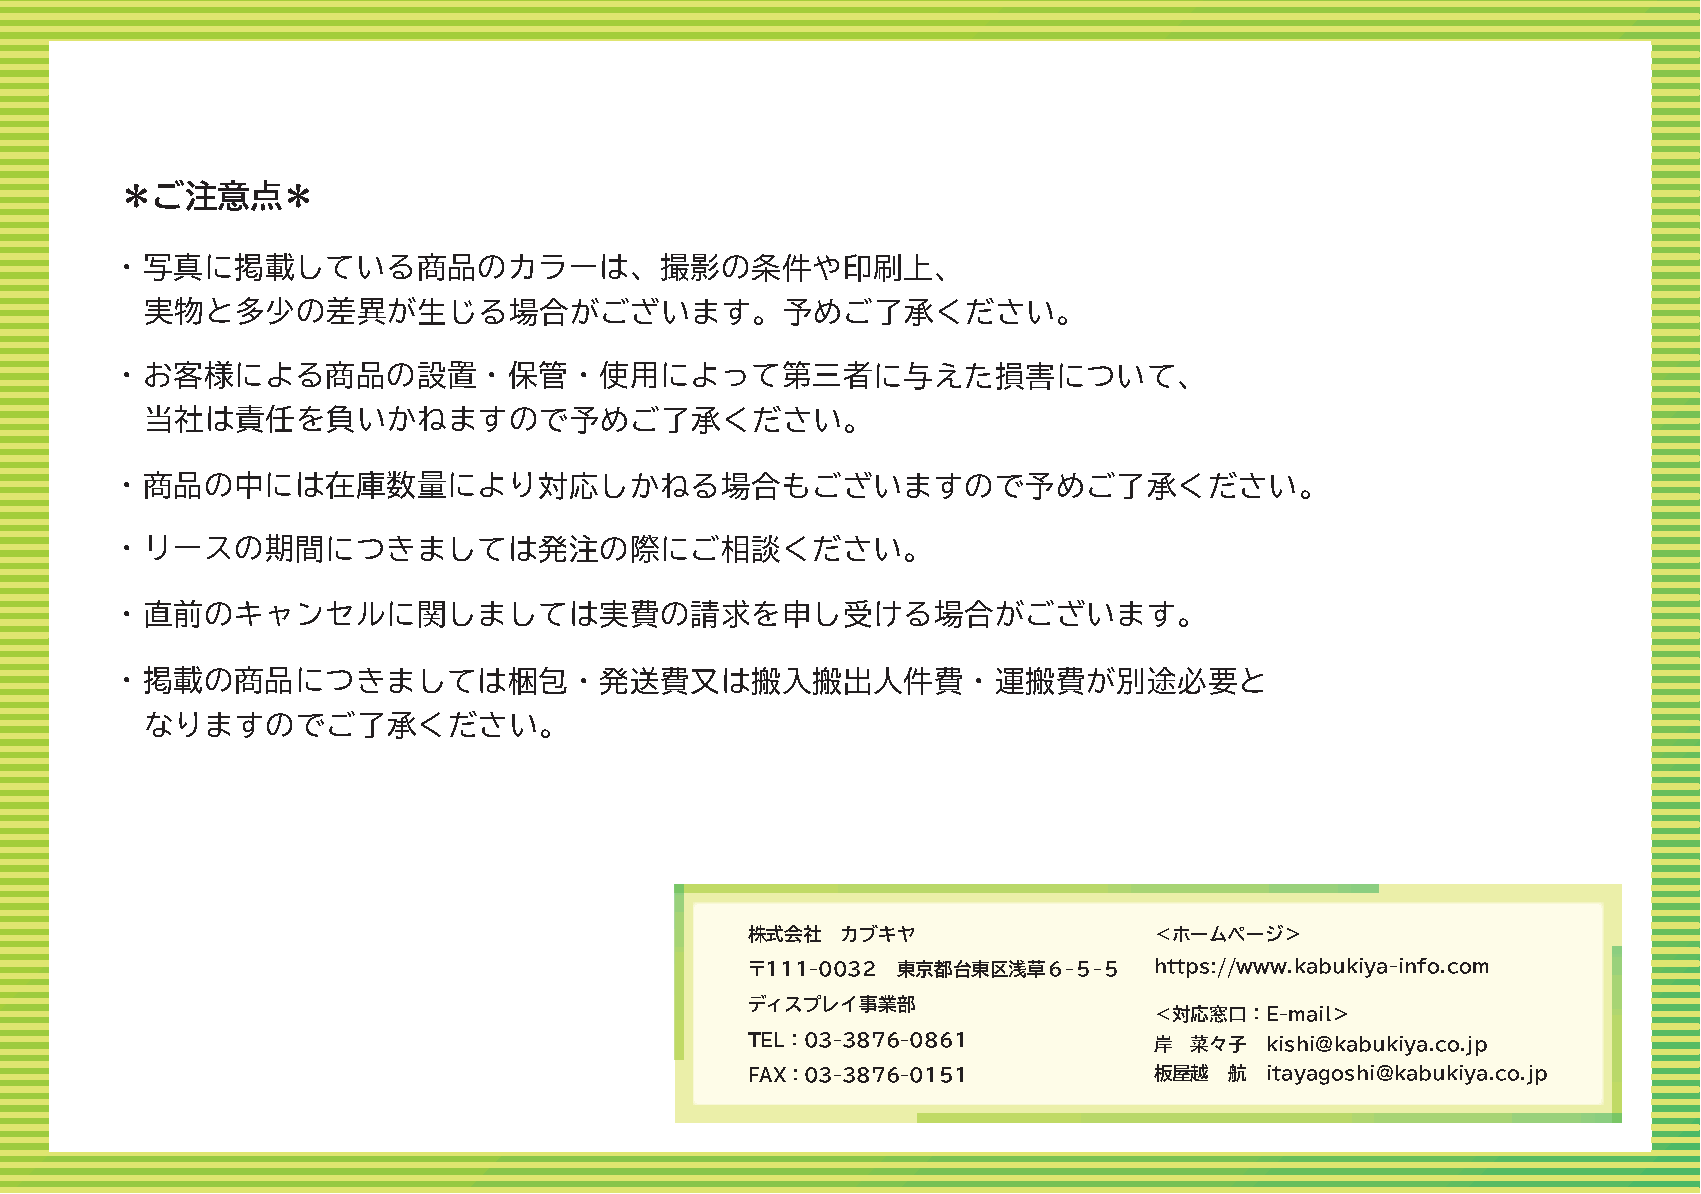
＊ご注意点＊
 ・写真に掲載している商品のカラーは、撮影の条件や印刷上、
 実物と多少の差異が生じる場合がございます。予めご了承ください。
 ・お客様による商品の設置・保管・使用によって第三者に与えた損害について、
 当社は責任を負いかねますので予めご了承ください。
 ・商品の中には在庫数量により対応しかねる場合もございますので予めご了承ください。
 ・リースの期間につきましては発注の際にご相談ください。
 ・直前のキャンセルに関しましては実費の請求を申し受ける場合がございます。
 ・掲載の商品につきましては梱包・発送費又は搬入搬出人件費・運搬費が別途必要と
 なりますのでご了承ください。
 株式会社   カブキヤ                ＜ホームページ＞
 〒111-0032 東京都台東区浅草６-５-５    https://www.kabukiya-info.com
 ディスプレイ事業部
 ＜対応窓口：E-mail＞
 TEL：03-3876-0861           岸  菜々子  kishi@kabukiya.co.jp
 FAX：03-3876-0151           板屋越  航  itayagoshi@kabukiya.co.jp